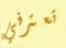
تعترفي